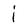
Character: i